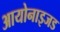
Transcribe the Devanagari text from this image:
आयोनाइजड